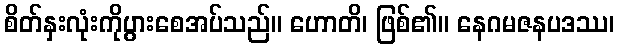
စိတ်နှးလုံးကိုပွားစေအပ်သည်။ ဟောတိ၊ ဖြစ်၏။ နေဂမဇနပဒဿ၊